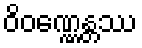
ဝိဝဏ္ဏေန္တဿ